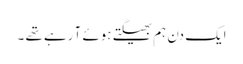
ایک دن ہم بھیگتے ہوئے آ رہے تھے ۔